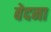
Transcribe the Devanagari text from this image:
बेदना